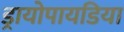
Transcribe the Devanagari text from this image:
ड्रायोपायडिया